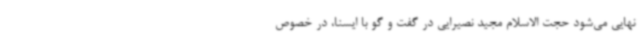
نهایی می‌شود حجت الاسلام مجید نصیرایی در گفت و گو با ایسنا، در خصوص